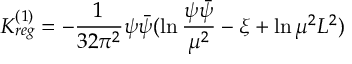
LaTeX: K _ { r e g } ^ { ( 1 ) } = - \frac { 1 } { 3 2 \pi ^ { 2 } } \psi \bar { \psi } ( \ln \frac { \psi \bar { \psi } } { \mu ^ { 2 } } - \xi + \ln \mu ^ { 2 } L ^ { 2 } )